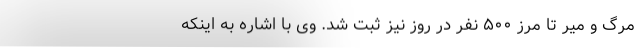
مرگ و میر تا مرز ۵۰۰ نفر در روز نیز ثبت شد. وی با اشاره به اینکه